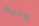
وحيدا